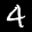
Label: 4